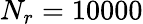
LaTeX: N_{r}=10000